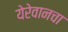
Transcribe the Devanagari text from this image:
येरेवानचा